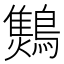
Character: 𪆅